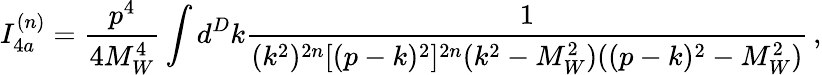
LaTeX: I_{4a}^{(n)}=\frac{p^{4}}{4M_{W}^{4}}\int d^{D}k\frac{1}{(k^{2})^{2n}[(p-k)^{2}]^{2n}(k^{2}-M_{W}^{2})((p-k)^{2}-M_{W}^{2})}\, ,